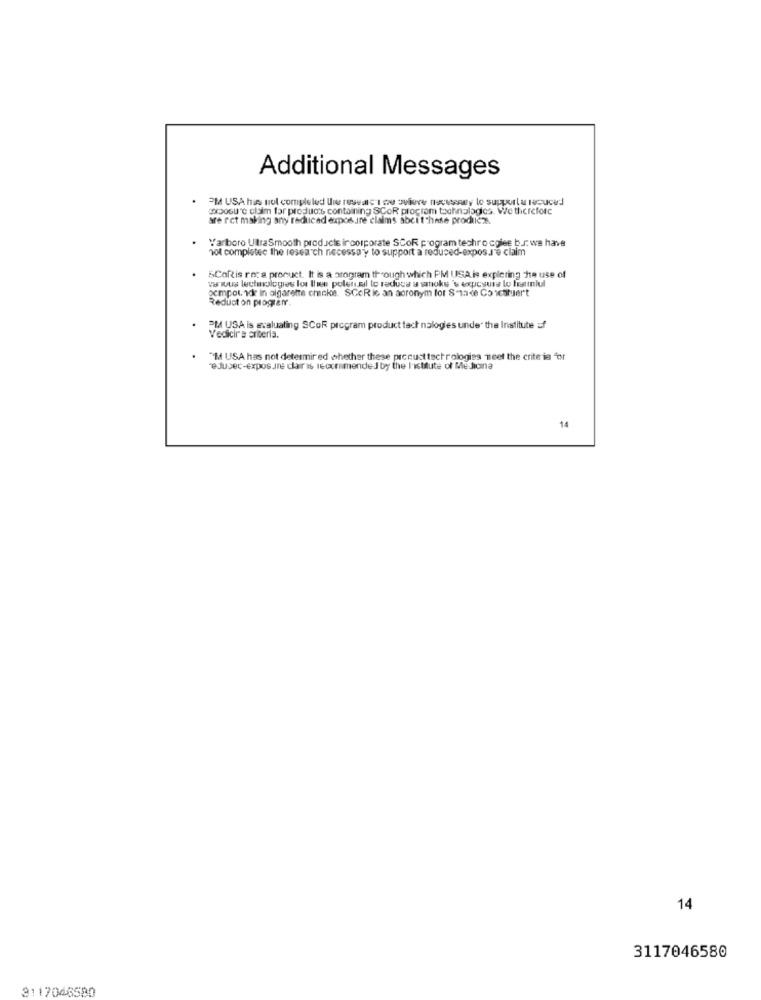
Additional Messages
PM USA has not completed Uwe researc I tre Jvivre necessary lo supportu racuced
exposure claim far products containing SCOR program technologies. We therefore
are ret making any reduced exposure claims abcitchese prodicx.
Yariboro UltraSmooth products incorporate SCOR program techro coles b.J. we have
not completee the research necessary to support a reduced-expos.J'e claim
5CoRis roz a procuct. It is a program through which PM USA is exploring the use of
various technologies los thee polenal to reduce a smoke's exposure lo farmiul
gempot. ide in olgarete checkit. SCoRic an acronym for S-made Co icatuiert
Reduct on prograf.
PM USA is evaluating SCOR program product tact nalogies unde" the Institute of
Vedicir'e arteria.
"I USA has not determir ed whether these piccust technologies meet the criteria for
eJusec-exposure clair is recommended by the Institute of Medicina
14
14
3117046580
3117046580